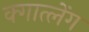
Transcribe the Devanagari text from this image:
क्गात्लेंग